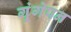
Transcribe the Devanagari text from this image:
गूंगेपन